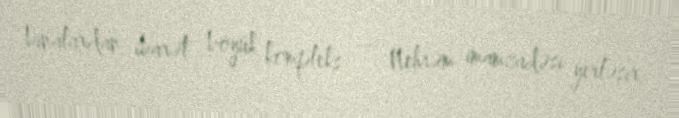
binalardan ibarət böyük kompleks — Nehrəm imamzadəsi yerləşir.